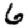
Digit: 6